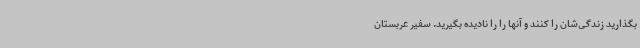
بگذارید زندگی‌شان را کنند و آنها را را نادیده بگیرید. سفیر عربستان